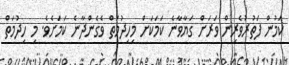
ކަމުން ފަތުރުވެރިން ވަރަށް ގަޔާވާނެ ކަމަކަށް މިހިދުމަތް ވެގެންދާނެ ކަމަށެވެ. މި ހިދުމަތް